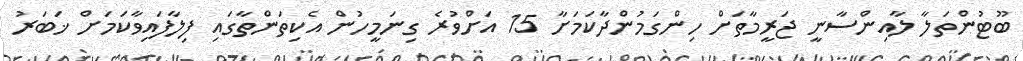
ބޫޓުންތަލާ ލާއިންސާނީ ޖަރީމާތަށް ހިންގަމުންދާކަމަށާ 15 އަށްވުރެ ގިނަމީހުން އެކިތަންތާގައި ފިލާފައިވާކަމަށް ޚަބަރު